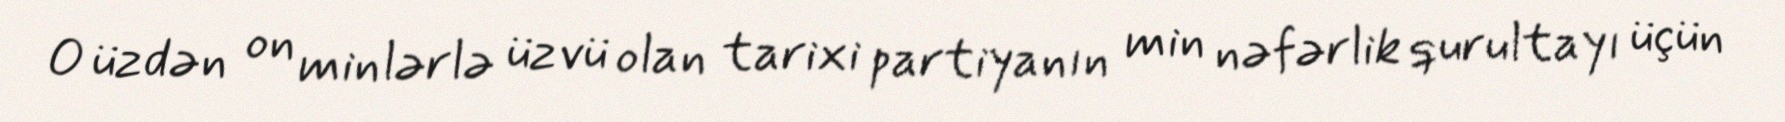
O üzdən on minlərlə üzvü olan tarixi partiyanın min nəfərlik qurultayı üçün